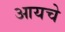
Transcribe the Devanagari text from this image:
आयचे